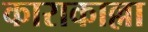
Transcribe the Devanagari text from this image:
काराकाल्ला